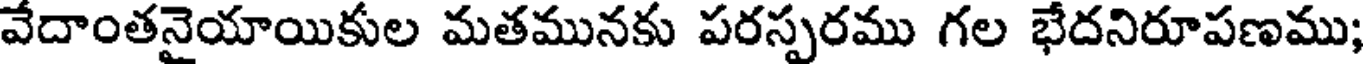
వేదాంతనైయాయికుల మతమునకు పరస్పరము గల భేదనిరూపణము;